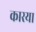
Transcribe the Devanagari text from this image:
कारया